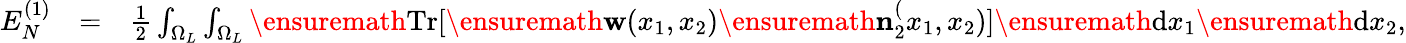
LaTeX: \begin{array}{rlr}{E_{N}^{(1)}}&{=}&{\frac{1}{2}\int_{\Omega_{L}}\int_{\Omega_{L}}\ensuremath{\mathrm{Tr}}[\ensuremath{\mathbf{w}}(x_{1},x_{2})\ensuremath{\mathbf{n}}_{2}^(x_{1},x_{2})]\ensuremath{\mathrm{d}}x_{1}\ensuremath{\mathrm{d}}x_{2},}\end{array}